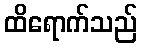
ထိရောက်သည်